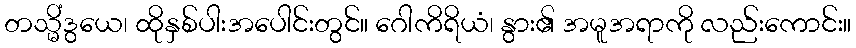
တသ္မိံဒွယေ၊ ထိုနှစ်ပါးအပေါင်းတွင်။ ဂေါကိရိယံ၊ နွား၏ အမူအရာကို လည်းကောင်း။